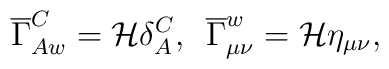
\overline{\Gamma}_{A w}^{C} = {\cal H} \delta_{A}^{C},\,\,\,\overline{\Gamma}_{\mu\nu}^{w} = {\cal H}\eta_{\mu\nu},